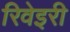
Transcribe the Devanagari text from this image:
रिवेइरी